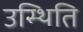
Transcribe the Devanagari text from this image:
उस्थिति